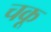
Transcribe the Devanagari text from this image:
चकू